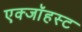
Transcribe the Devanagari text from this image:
एक्जाॅहस्ट